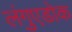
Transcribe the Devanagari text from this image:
लंगुएडोक